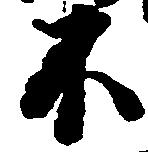
不